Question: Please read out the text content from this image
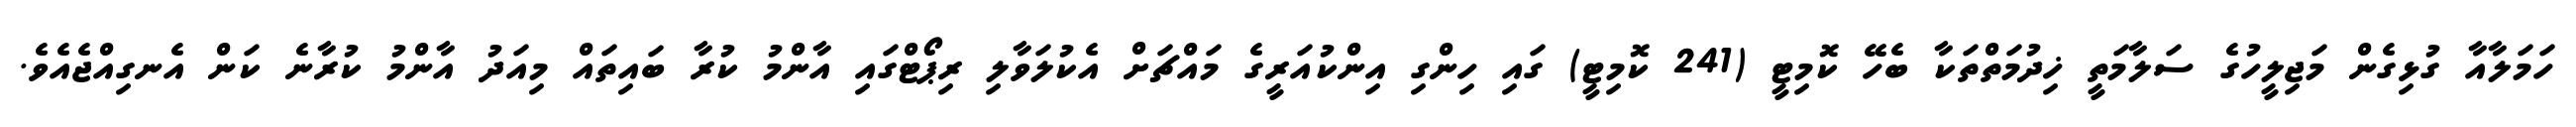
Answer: ހަމަލާއާ ގުޅިގެން މަޖިލީހުގެ ސަލާމަތީ ޚިދުމަތްތަކާ ބެހޭ ކޮމިޓީ (241 ކޮމިޓީ) ގައި ހިންގި އިންކުއަރީގެ މައްޗަށް އެކުލަވާލި ރިޕޯޓްގައި އާންމު ކުރާ ބައިތައް މިއަދު އާންމު ކުރާނެ ކަން އެނގިއްޖެއެވެ.